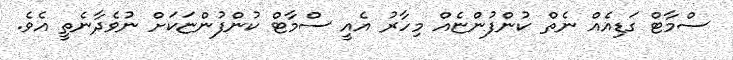
ސްމާޓް ގަޑިއެއް ނެތް ކުންފުންޏެއް މިހާރު އެއީ ސްމާޓް ކުންފުންޏަކަށް ނުވެދާނެތީ އެވެ.